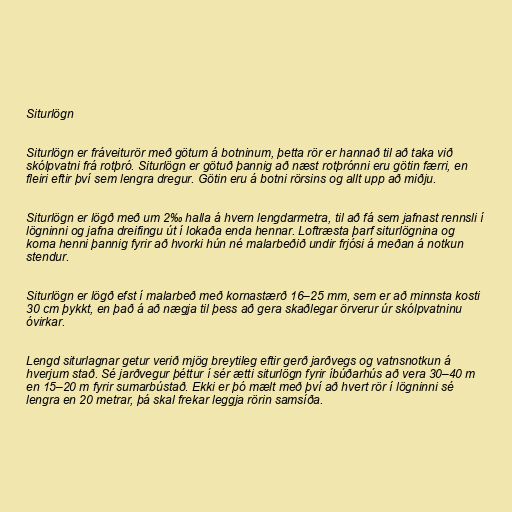
Siturlögn

Siturlögn er fráveiturör með götum á botninum, þetta rör er hannað til að taka við
skólpvatni frá rotþró. Siturlögn er götuð þannig að næst rotþrónni eru götin færri, en
fleiri eftir því sem lengra dregur. Götin eru á botni rörsins og allt upp að miðju.

Siturlögn er lögð með um 2‰ halla á hvern lengdarmetra, til að fá sem jafnast rennsli í
lögninni og jafna dreifingu út í lokaða enda hennar. Loftræsta þarf siturlögnina og
koma henni þannig fyrir að hvorki hún né malarbeðið undir frjósi á meðan á notkun
stendur.

Siturlögn er lögð efst í malarbeð með kornastærð 16–25 mm, sem er að minnsta kosti
30 cm þykkt, en það á að nægja til þess að gera skaðlegar örverur úr skólpvatninu
óvirkar.

Lengd siturlagnar getur verið mjög breytileg eftir gerð jarðvegs og vatnsnotkun á
hverjum stað. Sé jarðvegur þéttur í sér ætti siturlögn fyrir íbúðarhús að vera 30–40 m
en 15–20 m fyrir sumarbústað. Ekki er þó mælt með því að hvert rör í lögninni sé
lengra en 20 metrar, þá skal frekar leggja rörin samsíða.